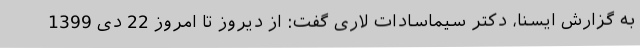
به گزارش ایسنا، دکتر سیماسادات لاری گفت: از دیروز تا امروز 22 دی 1399